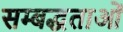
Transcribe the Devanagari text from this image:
सम्बद्धताओं